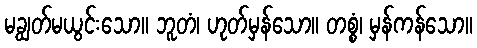
မချွတ်မယွင်းသော။ ဘူတံ၊ ဟုတ်မှန်သော။ တစ္စံ၊ မှန်ကန်သော။